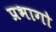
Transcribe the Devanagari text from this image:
प्रभागो